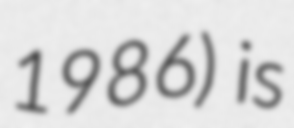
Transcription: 1986) is